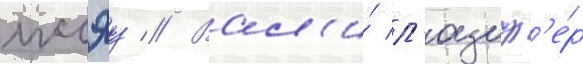
иссэу // Вал'и́ л'юциф'е́р